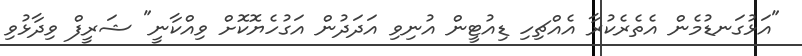
"އަޅުގަނޑުމެން އެތެރެކުރާ އެއްޗިހި ޑިއުޓީން އުނިވި އަދަދުން އަގުހެޔޮކޮށް ވިއްކާނީ" ޝަރީފް ވިދާޅުވި